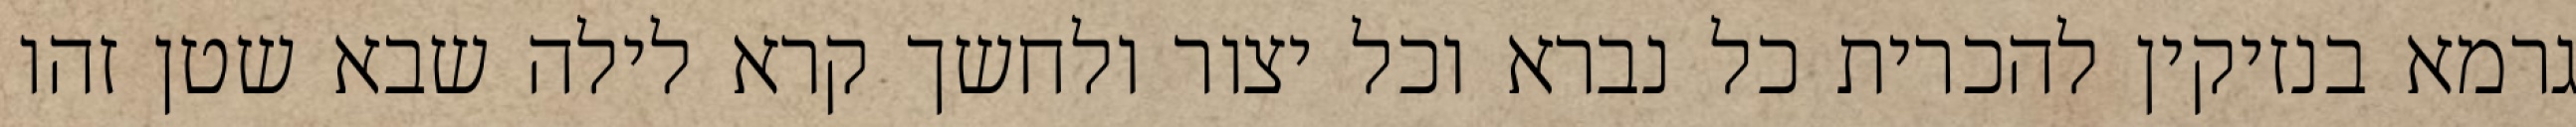
גרמא בנזיקין להכרית כל נברא וכל יצור ולחשך קרא לילה שבא שטן זהו